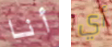
أنا أي